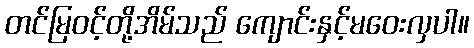
တင်မြဝင့်တို့အိမ်သည် ကျောင်းနှင့်မဝေးလှပါ။